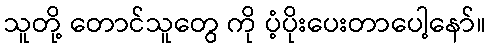
သူတို့ တောင်သူတွေ ကို ပံ့ပိုးပေးတာပေါ့နော်။